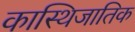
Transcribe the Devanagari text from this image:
कास्थिजातिक